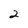
Character: 2